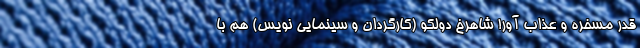
قدر مسخره و عذاب آور! شاهرخ دولکو (کارگردان و سینمایی نویس) هم با